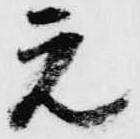
元